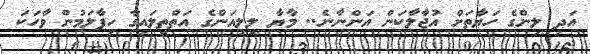
އަދި ލިންގެ ހަޔާތަށް އުޖާލާކަން އަންނާނެ.. މާޔާ ލިލިއަންގެ އަތްތިލައިގާ ހިފާލަމުން ވާހަކަ